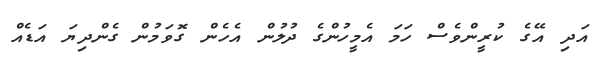
އަދި އޭގެ ކުރީންވެސް ހަމަ އެމީހުންގެ ދުލުން އެހެން ގޮވަމުން ގެންދިޔަ އަޑެއް